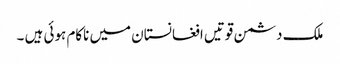
ملک دشمن قوتیں افغانستان میں ناکام ہوئی ہیں ۔